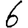
Digit: 6